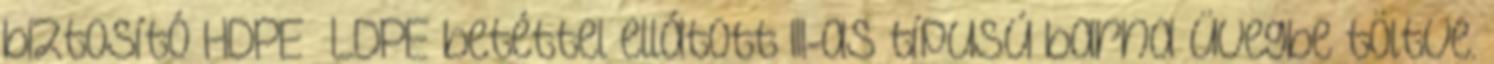
biztosító HDPE LDPE betéttel ellátott III-as típusú barna üvegbe töltve.